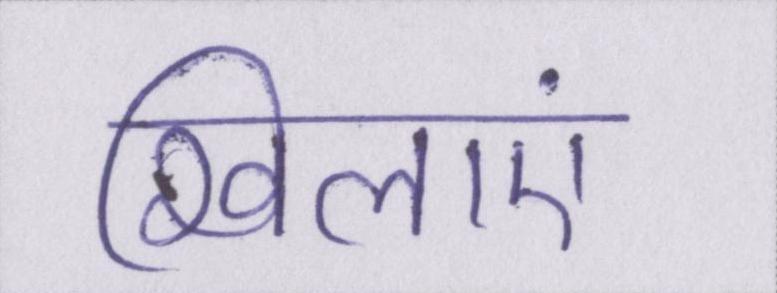
खिलाएं